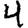
Digit: 4